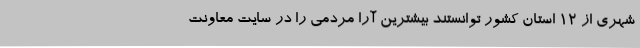
شهری از 12 استان کشور توانستند بیشترین آرا مردمی را در سایت معاونت